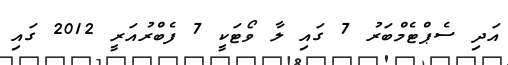
އަދި ސެޕްޓެމްބަރު 7 ގައި ލާ ވޯޓަކީ 7 ފެބްރުއަރީ 2012 ގައި